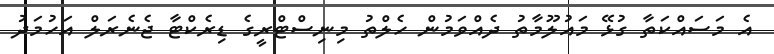
އެ މަސައްކަތާ ގުޅޭ މައުލޫމާތު ދެއްވަމުން ހެލްތު މިނިސްޓްރީގެ ޑިރެކްޓާ ޖެނެރަލް އަހުމަދު